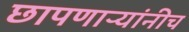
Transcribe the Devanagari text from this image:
छापणाऱ्यांनीच